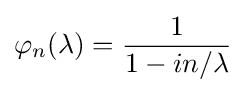
\varphi _{n}(\lambda )={\frac {1}{1-in/\lambda }}